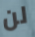
لن